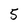
Character: 5